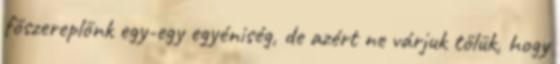
főszereplőnk egy-egy egyéniség, de azért ne várjuk tőlük, hogy